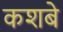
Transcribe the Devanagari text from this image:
कशबे